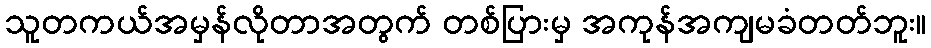
သူတကယ်အမှန်လိုတာအတွက် တစ်ပြားမှ အကုန်အကျမခံတတ်ဘူး။